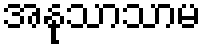
အနုသာသာမ